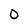
Character: 0